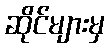
ဆိုင်များမှ